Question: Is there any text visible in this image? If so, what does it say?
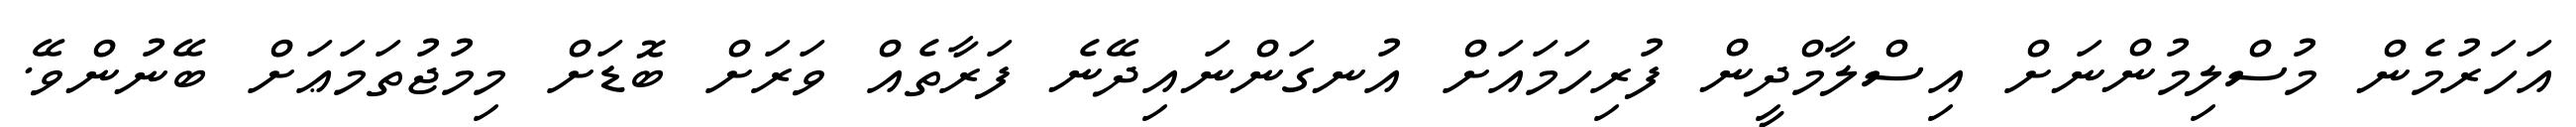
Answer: އަހަރުމެން މުސްލިމުންނަށް އިސްލާމްދީން ފުރިހަމައަށް އުނގަންނައިދޭނެ ފަރާތެއް ވަރަށް ބޮޑަށް މިމުޖުތަމަޢަށް ބޭނުންވޭ.